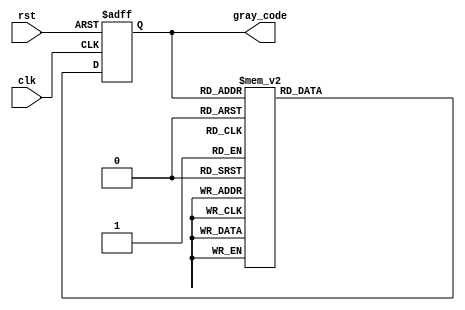
module gray_code_counter (
    input wire clk,
    input wire rst,
    output reg [3:0] gray_code
);

always @(posedge clk or posedge rst) begin
    if (rst) begin
        gray_code <= 4'b0000;
    end else begin
        case (gray_code)
            4'b0000: gray_code <= 4'b0001;
            4'b0001: gray_code <= 4'b0011;
            4'b0011: gray_code <= 4'b0010;
            4'b0010: gray_code <= 4'b0110;
            4'b0110: gray_code <= 4'b0111;
            4'b0111: gray_code <= 4'b0101;
            4'b0101: gray_code <= 4'b0100;
            4'b0100: gray_code <= 4'b1100;
            4'b1100: gray_code <= 4'b1101;
            4'b1101: gray_code <= 4'b1111;
            4'b1111: gray_code <= 4'b1110;
            default: gray_code <= 4'b0000;
        endcase
    end
end

endmodule